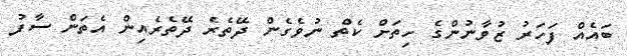
ބައެއް ފަހަރު ޒުވާނުންގެ ހިތަށް ކެތް ނުވެގެން ދޭތެރެ ދޭތެރެއިން އެތަން ސާފު